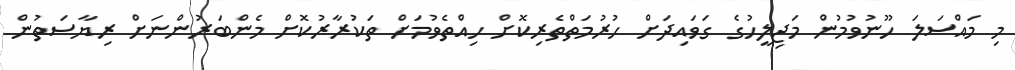
މި މައްސަލަ ހޫނުވުމުން މަޖިލީހުގެ ގަވައިދަށް ހުރުމަތްތެރިކޮށް ހިއްތެވުމަށް ތަކުރާރުކޮށް މެންބަރުންނަށް ރިޔާސަތުން